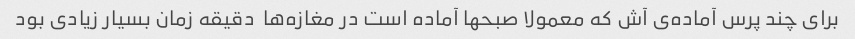
برای چند پرس آماده‌ی آش که معمولا صبحها آماده است در مغازه‌ها  دقیقه زمان بسیار زیادی بود